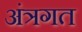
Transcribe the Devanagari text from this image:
अंत्रगत